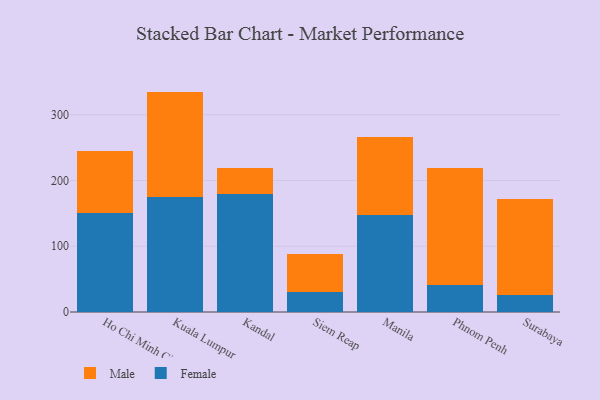
{"axis": {"x": "City", "y": "Production Output"}, "legend": ["Female", "Male"], "data": [{"x": "Ho Chi Minh City", "y": 150.4, "type": "Female"}, {"x": "Ho Chi Minh City", "y": 93.9, "type": "Male"}, {"x": "Kuala Lumpur", "y": 175.6, "type": "Female"}, {"x": "Kuala Lumpur", "y": 159.6, "type": "Male"}, {"x": "Kandal", "y": 179.1, "type": "Female"}, {"x": "Kandal", "y": 39.4, "type": "Male"}, {"x": "Siem Reap", "y": 31.1, "type": "Female"}, {"x": "Siem Reap", "y": 56.9, "type": "Male"}, {"x": "Manila", "y": 147.6, "type": "Female"}, {"x": "Manila", "y": 118.5, "type": "Male"}, {"x": "Phnom Penh", "y": 41.5, "type": "Female"}, {"x": "Phnom Penh", "y": 178.2, "type": "Male"}, {"x": "Surabaya", "y": 25.6, "type": "Female"}, {"x": "Surabaya", "y": 146.3, "type": "Male"}]}